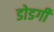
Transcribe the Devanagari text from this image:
डोडगी